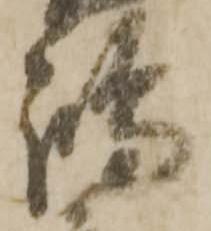
嶋